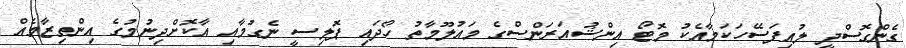
ގެންގޮސްދީ ލުއިފަސޭހަކަމާއެކު މޮޓޯ އިންޝުއަރަންސްގެ މައުލޫމާތު ހޯދައި ޕޮލިސީ ނެގުމާއި އާކޮށްދިނުމުގެ އިންތިޒާމެއް